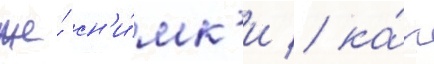
же́ сн'и́мк'и / ка́к